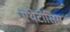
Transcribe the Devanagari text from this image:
एथेटोसिस